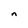
Character: n